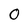
Character: 0